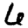
Digit: 6